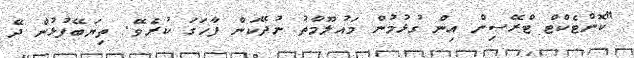
"ކޮންޓެކްޓް ޓްރޭސިން އިން ގުޅުމުން މައުލޫމާތު ނުދޭކަން ފާހަގަ ކުރެވޭ. ތިޔަބޭފުޅުން ދޭ